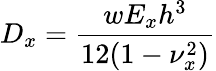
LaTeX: D_{x}=\frac{wE_{x}h^{3}}{12(1-\nu_{x}^{2})}